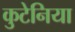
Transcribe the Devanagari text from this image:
कुटेनिया